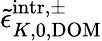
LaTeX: \tilde{\epsilon}_{K,0,\mathrm{DOM}}^{\mathrm{intr},\pm}